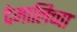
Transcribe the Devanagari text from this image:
देमालिच्चा